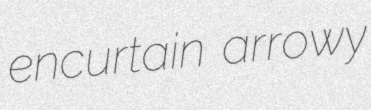
encurtain arrowy